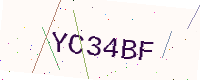
Text: YC34BF